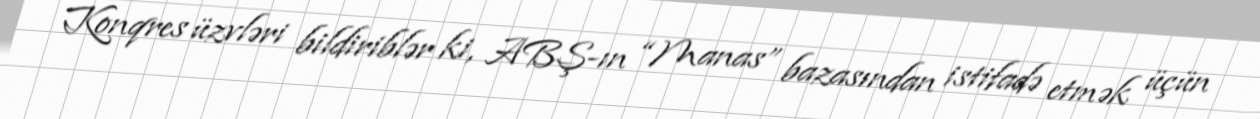
Konqres üzvləri bildiriblər ki, ABŞ-ın “Manas” bazasından istifadə etmək üçün